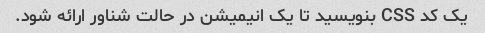
یک کد CSS بنویسید تا یک انیمیشن در حالت شناور ارائه شود.